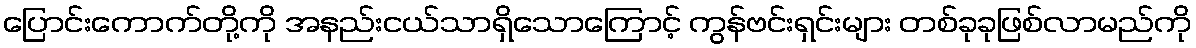
ပြောင်းကောက်တို့ကို အနည်းငယ်သာရှိသောကြောင့် ကွန်ဗင်းရှင်းများ တစ်ခုခုဖြစ်လာမည်ကို